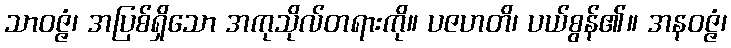
သာဝဇ္ဇံ၊ အပြစ်ရှိသော အကုသိုလ်တရားကို။ ပဇဟတိ၊ ပယ်စွန်၏။ အနဝဇ္ဇံ၊